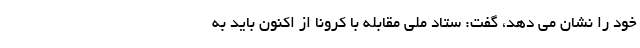
خود را نشان می دهد، گفت: ستاد ملی مقابله با کرونا از اکنون باید به